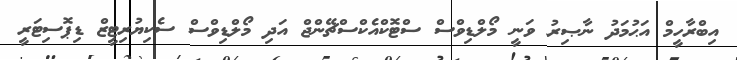
އިބްރާހީމް އަޙުމަދު ނާޞިރު ވަނީ މޯލްޑިވްސް ސްޓޮކްއެކްސްޗޭންޖް އަދި މޯލްޑިވްސް ސެކިޔުރިޓީޒް ޑިޕޮސިޓަރީ